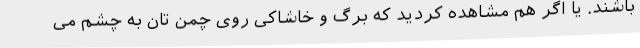
باشند. یا اگر هم مشاهده کردید که برگ و خاشاکی روی چمن تان به چشم می